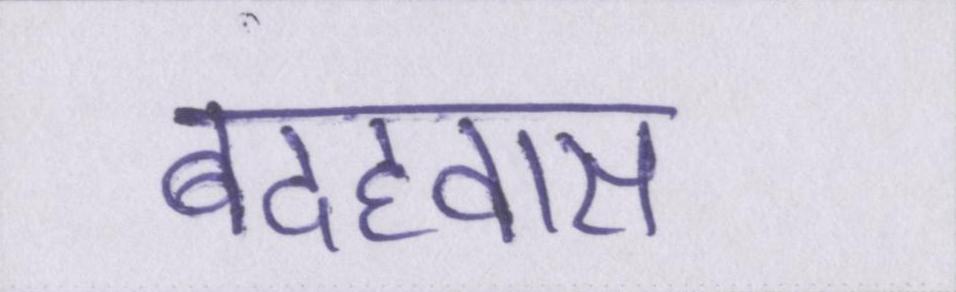
बदहवास